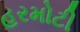
હરમોટી